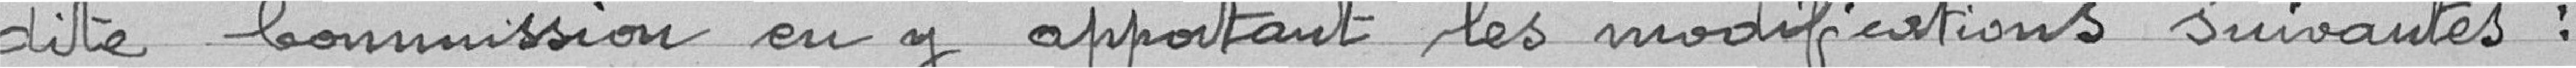
dite commission en y apportant les modifications suivantes :